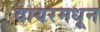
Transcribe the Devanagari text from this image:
वायरमधून